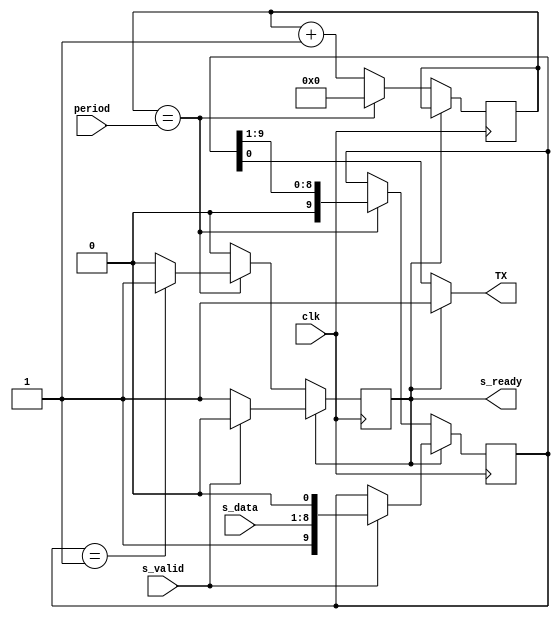
`timescale 1ns / 1ps
/**
 * UART transceiver with configurable baud rate.
 * 
 * @author Yunye Pu
 */
module UART_TX #(
	parameter COUNTER_MSB = 9
)(
	input clk, input [COUNTER_MSB:0] period,
	input s_valid, input [7:0] s_data, output reg s_ready = 1'b1,
	output TX
);
	reg [COUNTER_MSB:0] counter = 0;
	reg [9:0] shift;

	always @ (posedge clk)
	if(s_ready)
	begin
		if(s_valid)
		begin
			s_ready <= 1'b0;
			shift <= {1'b1, s_data, 1'b0};
		end
	end
	else
	begin
		if(counter == period)
			counter <= 0;
		else
			counter <= counter + 1'b1;
		if(counter == period)
		begin
			shift <= {1'b0, shift[9:1]};
			if(shift == 10'b0000000001) s_ready <= 1'b1;
		end
	end
	assign TX = s_ready? 1'b1: shift[0];
	
endmodule

module UART_RX #(
	parameter COUNTER_MSB = 9
) (
	input clk, input [COUNTER_MSB-1:0] halfPeriod,
	output reg m_valid, output reg [7:0] m_data,
	input RX
);
	reg [COUNTER_MSB:0] counter = 0;
	reg [8:0] shift = 9'h0;
	reg inRX = 1'b0;
	
	always @ (posedge clk)
	if(inRX)
	begin
		if(counter == {halfPeriod, 1'b1})
			counter <= 0;
		else
			counter <= counter + 1'b1;
		
		if(counter == {halfPeriod, 1'b1})
		begin
			m_valid <= shift[0] & RX;//Check stop bit
			if(shift[0])
			begin
				m_data <= shift[8:1];
				shift <= 8'h0;
				inRX <= 1'b0;
			end
			else
				shift <= {RX, shift[8:1]};
		end
	end
	else
	begin
		m_valid <= 1'b0;
		shift <= 9'b100000000;
		inRX <= (counter == {1'b0, halfPeriod});
		if(counter == {1'b0, halfPeriod})
			counter <= 0;
		else if(RX)
			counter <= 0;
		else
			counter <= counter + 1'b1;
	end

endmodule